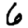
Digit: 6